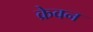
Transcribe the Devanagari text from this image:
क्रेवन